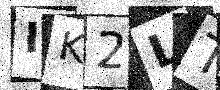
Text: IK2LTI